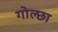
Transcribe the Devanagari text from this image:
गोल्छा